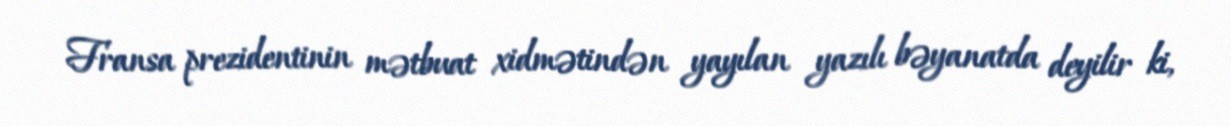
Fransa prezidentinin mətbuat xidmətindən yayılan yazılı bəyanatda deyilir ki,